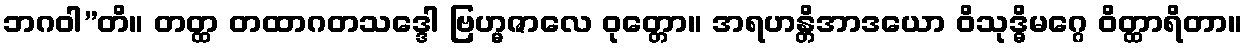
ဘဂဝါ”တိ။ တတ္ထ တထာဂတသဒ္ဒေါ ဗြဟ္မဇာလေ ဝုတ္တော။ အရဟန္တိအာဒယော ဝိသုဒ္ဓိမဂ္ဂေ ဝိတ္ထာရိတာ။